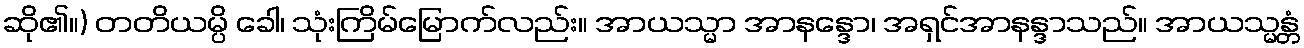
ဆို၏။) တတိယမ္ပိ ခေါ၊ သုံးကြိမ်မြောက်လည်း။ အာယသ္မာ အာနန္ဒော၊ အရှင်အာနန္ဒာသည်။ အာယသ္မန္တံ